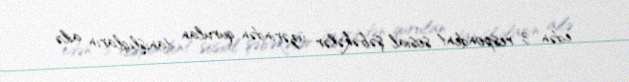
edən 3 respondent sosial şəbəkələr üzərindən qurulan tanışlıqların ailə